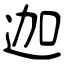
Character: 迦